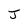
Character: J